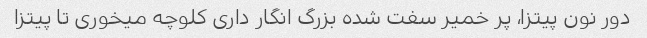
دور نون پیتزا، پر خمیر سفت شده بزرگ انگار داری کلوچه میخوری تا پیتزا